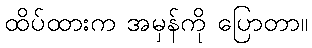
ထိပ်ထားက အမှန်ကို ပြောတာ။